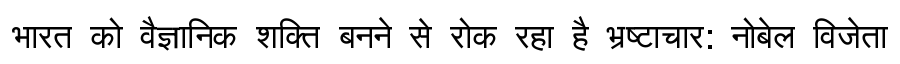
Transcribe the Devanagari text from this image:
भारत को वैज्ञानिक शक्ति बनने से रोक रहा है भ्रष्टाचार: नोबेल विजेता